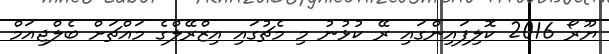
ޔޫރޯ 2016 ކޮލިފައިންގައި ރޭ ކުޅުނު މި މެޗުގައި އިޒްރޭލްގެ މައްޗަށް ބެލްޖިއަމް